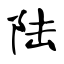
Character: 陆